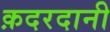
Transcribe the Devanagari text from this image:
क़दरदानी